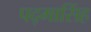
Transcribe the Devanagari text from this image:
पद्‌मासिंह